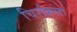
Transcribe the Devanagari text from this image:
चिरकिला